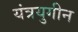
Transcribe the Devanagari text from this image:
यंत्रयुगीन